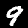
Label: 9